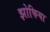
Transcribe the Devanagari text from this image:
झोफिया